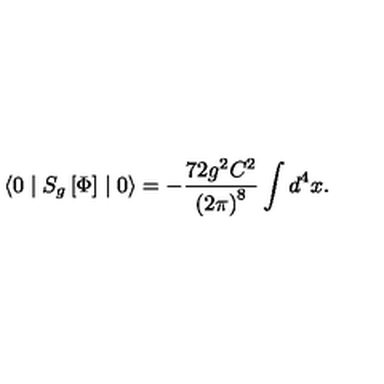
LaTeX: \langle 0 \mid S _ { g } \left[ \Phi \right] \mid 0 \rangle = - \frac { 7 2 g ^ { 2 } C ^ { 2 } } { \left( 2 \pi \right) ^ { 8 } } \int d ^ { 4 } x .